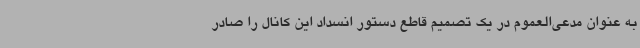
به عنوان مدعی‌العموم در یک تصمیم قاطع دستور انسداد این کانال را صادر